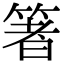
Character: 箸